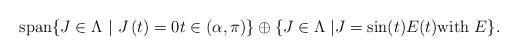
LaTeX: \begin{align*}\mathrm{span}\{J\in \Lambda \ |\ J\left( t\right) =0t\in\left( \alpha ,\pi \right) \}\oplus \{J\in \Lambda \ |J=\sin (t)E(t)\text{with }E\}. \end{align*}